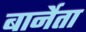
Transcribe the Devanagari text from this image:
बार्नेता